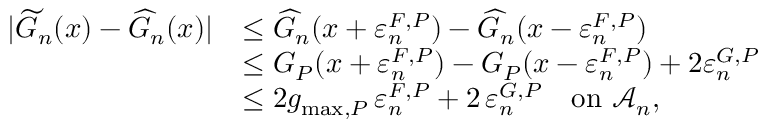
\begin{array} { r l } { | \widetilde { G } _ { n } ( x ) - \widehat { G } _ { n } ( x ) | } & { \leq \widehat { G } _ { n } ( x + \varepsilon _ { n } ^ { F , P } ) - \widehat { G } _ { n } ( x - \varepsilon _ { n } ^ { F , P } ) } \\ & { \leq G _ { P } ( x + \varepsilon _ { n } ^ { F , P } ) - G _ { P } ( x - \varepsilon _ { n } ^ { F , P } ) + 2 \varepsilon _ { n } ^ { G , P } } \\ & { \leq 2 g _ { \operatorname* { m a x } , P } \, \varepsilon _ { n } ^ { F , P } + 2 \, \varepsilon _ { n } ^ { G , P } \quad \mathrm { o n ~ } \mathcal { A } _ { n } , } \end{array}